Indian journal of veterinary science and animal husbandry - Volumes 15-17, 1948-1951
Year: 1948
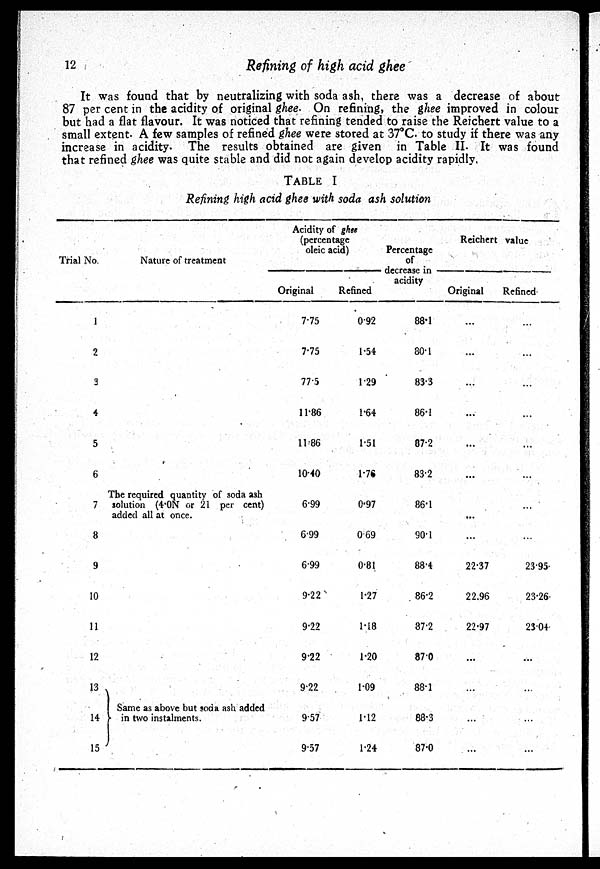
12
Refining of high acid ghee
It was found that by neutralizing with soda ash, there was a decrease of about
87 per cent in the acidity of original ghee. On refining, the ghee improved in colour
but had a flat flavour. It was noticed that refining tended to raise the Reichert value to a
small extent. A few samples of refined ghee were stored at 37°C. to study if there was any
increase in acidity. The results obtained are given in Table II. It was found
that refined ghe e was quite stable and did not again develop acidity rapidly.
TABLE I
Refining high acid ghee with soda ash solution
Trial No.
1
2
3
4
5
6
7
8
9
10
11
12
13
14
15
Nature of treatment
The required quantity of soda ash
solution (4.0N or 21 per cent)
added all at once.
Same as above but soda ash added
in two instalments.
Acidity of ghee
(percentage
oleic acid)
Original
7.75
7.75
77.5
11.86
11.86
10.40
6.99
6.99
6.99
9.22
9.22
9.22
9.22
9.57
9.57
Refined
0.92
1.54
1.29
1.64
1.51
1.76
0.97
069
0.81
1.27
1.18
1.20
1.09
1.12
1.24
Percentage
of
decrease in
acidity
88.1
80.1
83.3
86.1
87.2
83.2
86.1
90.1
88.4
86.2
87.2
87.0
88.1
88.3
87.0
Reichertvalue
Original
...
...
...
...
...
...
...
...
22.37
22.96
22.97
...
...
...
...
Refined
...
...
...
...
...
...
...
...
23.95
23.26
23.04
...
...
...
...